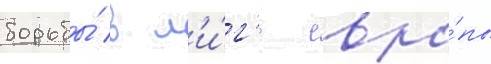
борьбы́ в л'и́г'е евро́пы